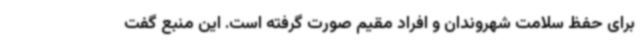
برای حفظ سلامت شهروندان و افراد مقیم صورت گرفته است. این منبع گفت